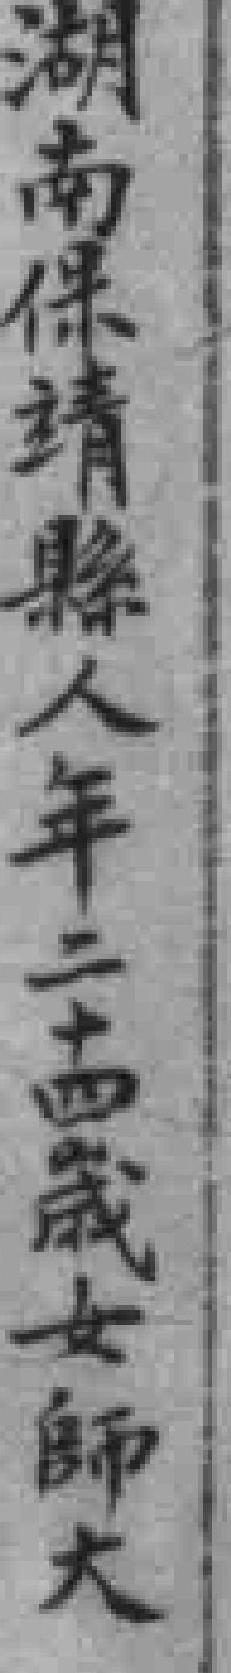
湖南保靖縣人年二十四歲女師大